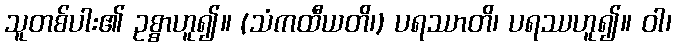
သူတစ်ပါး၏ ဥစ္စာဟူ၍။ (သံကထီယတိ၊) ပရဿာတိ၊ ပရဿဟူ၍။ ဝါ၊